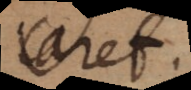
caret.